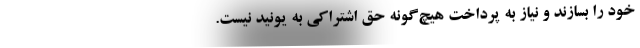
خود را بسازند و نیاز به پرداخت هیچ‌گونه حق اشتراکی به یونید نیست.